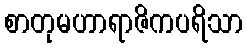
စာတုမဟာရာဇိကပရိသာ